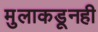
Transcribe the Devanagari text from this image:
मुलाकडूनही